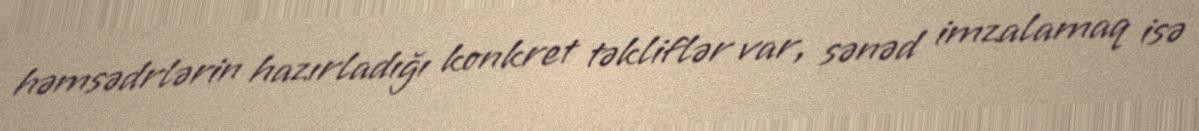
həmsədrlərin hazırladığı konkret təkliflər var, sənəd imzalamaq isə